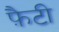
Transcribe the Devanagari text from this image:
फ़ैटी